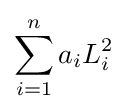
\sum _{i=1}^{n}a_{i}L_{i}^{2}